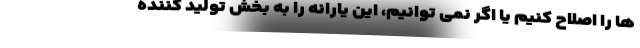
ها را اصلاح کنیم یا اگر نمی توانیم، این یارانه را به بخش تولید کننده